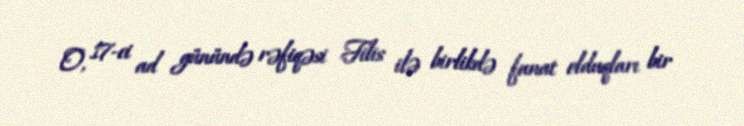
O, 17-ci ad günündə rəfiqəsi Filis ilə birlikdə fanat olduqları bir